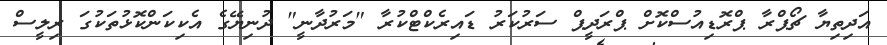
އަދިތިޔާ ޗޯޕްރާ ޕްރޮޑިއުސްކޮށް ޕްރަދީޕް ސަރުކަރު ޑައިރެކްޓްކުރާ "މަރުދާނީ" ދުނިޔޭގެ އެކިކަންކޮޅުތަކުގަ ރިލީސް